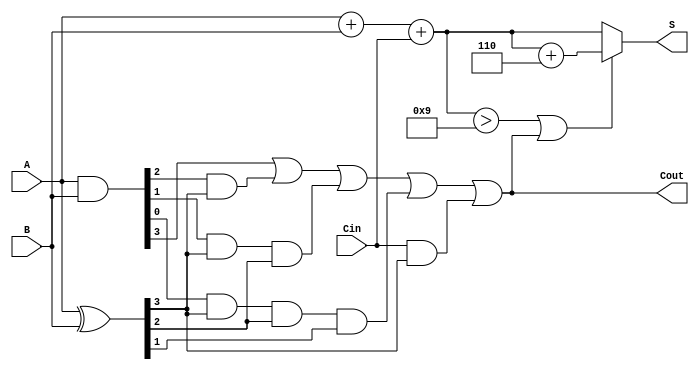
module BCD_Carry_Lookahead_Adder (
    input [3:0] A,
    input [3:0] B,
    input Cin,
    output reg [3:0] S,
    output reg Cout
);

// Internal signals for carry generation
wire [3:0] P; // Propagate
wire [3:0] G; // Generate
wire [3:0] C; // Carry
wire [3:0] sum; // Initial sum before BCD correction

// Generate and propagate signals
assign P = A ^ B;          // Propagate
assign G = A & B;          // Generate

// Carry generation using lookahead logic
assign C[0] = G[0] | (Cin & P[0]);
assign C[1] = G[1] | (G[0] & P[1]) | (Cin & P[1]);
assign C[2] = G[2] | (G[1] & P[2]) | (G[0] & P[2] & P[1]) | (Cin & P[2]);
assign C[3] = G[3] | (G[2] & P[3]) | (G[1] & P[3] & P[2]) | (G[0] & P[3] & P[2] & P[1]) | (Cin & P[3]);

// Initial sum calculation
assign sum = A + B + Cin;

// BCD Correction Logic
always @(*) begin
    Cout = C[3]; // Final carry-out from most significant bit
    if (sum > 9 || Cout) begin
        S = sum + 4'b0110; // Add 6 to correct BCD
    end else begin
        S = sum[3:0]; // Assign the correct sum
    end
end

endmodule